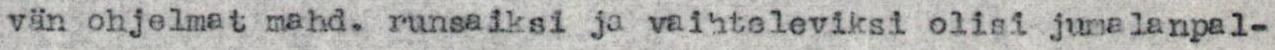
vän ohjelmat mahd. runsaiksi ja vaihteleviksi olisi jumalanpal-